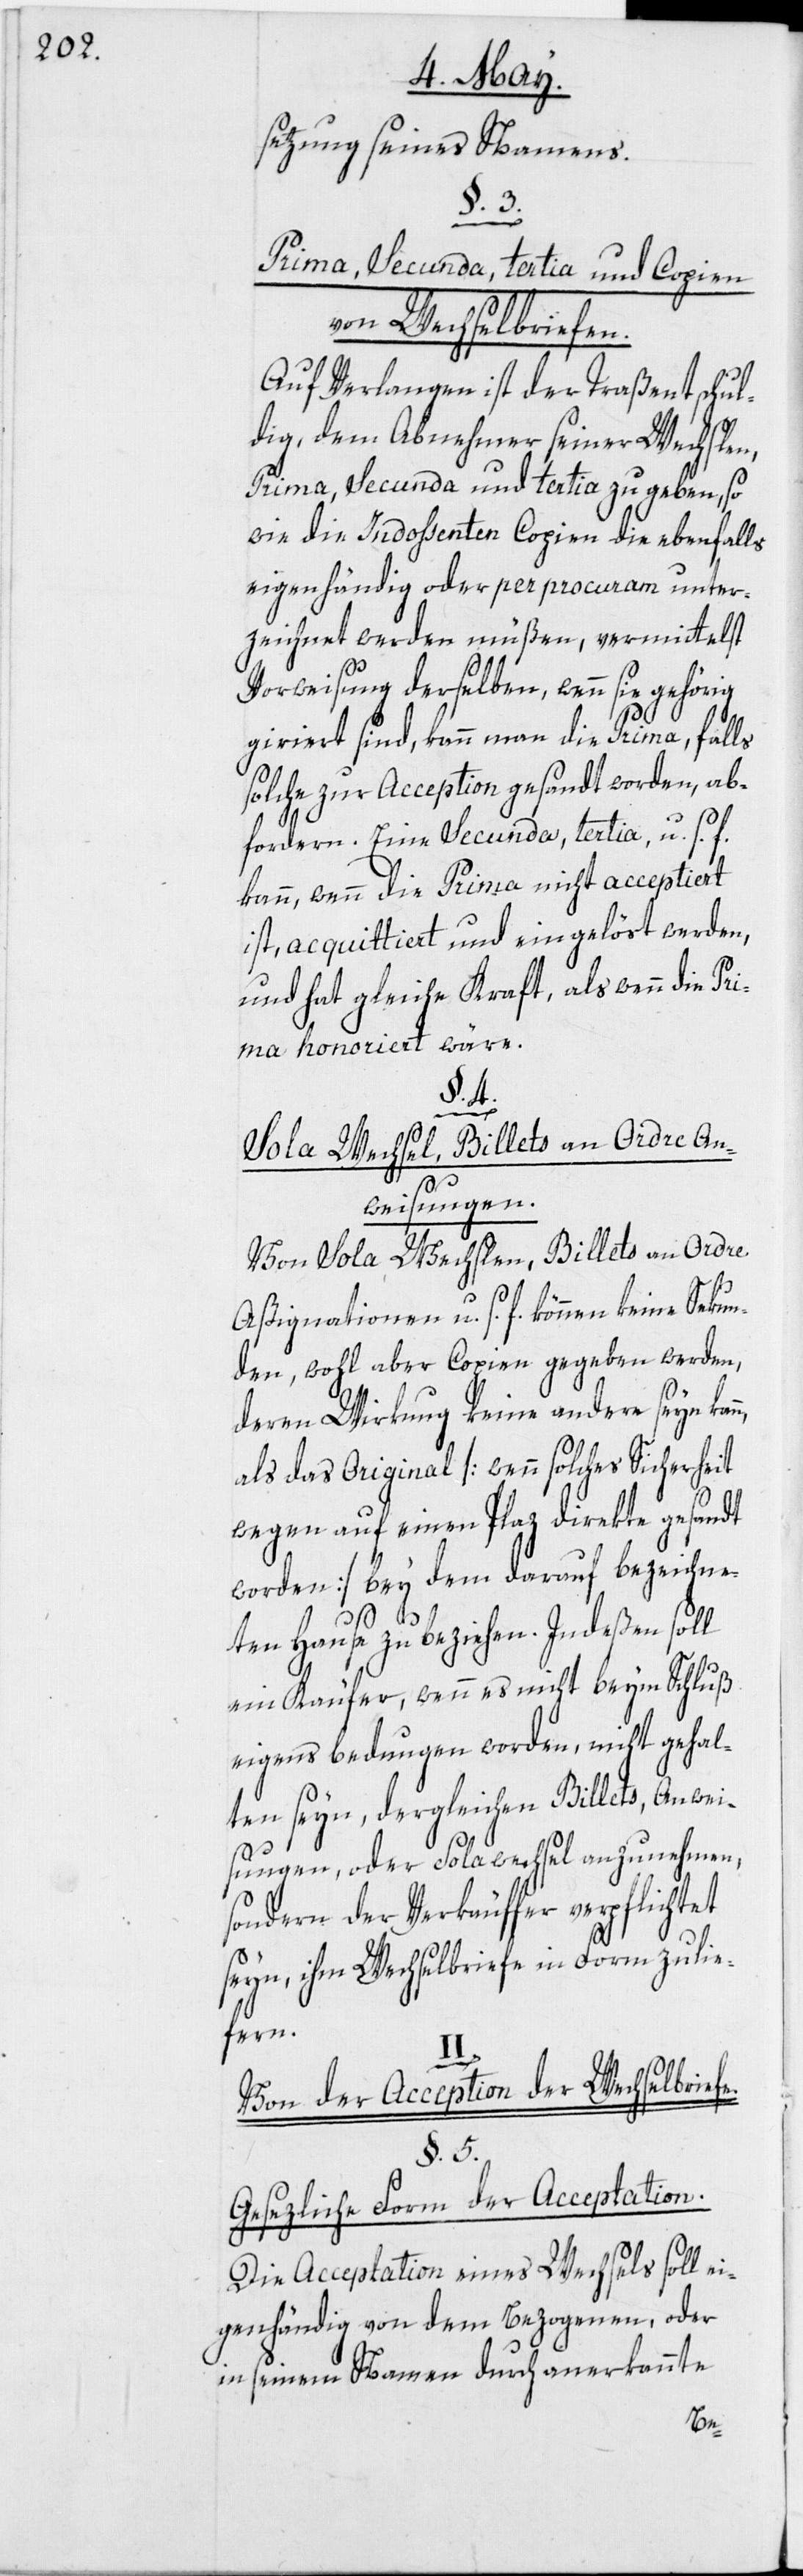
setzung seines Namens.
§. 3.
Prima, Secunda, tertia und Copien
von Wechselbriefen.
Auf Verlangen ist der Traßent schul¬
dig, dem Abnehmer seiner Wechslen,
Prima, Secunda und tertia zu geben, so
wie die Indossenten Copien die ebenfalls
eigenhändig oder per procuram unter¬
zeichnet werden müßen, vermittelst
Vorweisung derselben, wenn sie gehörig
giriert sind, kann man die Prima, falls
solche zur Acception gesandt worden, ab¬
fordern. Eine Secunda, tertia, u. s. f.
kann, wenn die Prima nicht acceptiert
ist, acquittiert und eingelöst werden,
und hat gleiche Kraft, als wenn die Pri¬
ma honoriert wäre.
§.
n,
Sola Wechsel, Billets an Ordre An¬
weisungen.
Von Sola Wechslen, Billets an Ordre
Aßignationen u. s. f. können keine Sekun¬
den, wohl aber Copien gegeben werden,
deren Wirkung keine andere seyn kan¬
als das Original [wenn solches Sicherheit
wegen auf einen Plaz direkte gesandt
worden] bey dem darauf bezeichne¬
ten Hause zu beziehen. Indeßen soll
ein Käufer, wenn es nicht beym Schluß
eigens bedungen worden, nicht gehal¬
ten seyn, dergleichen Billets, Anwei¬
sungen, oder Solawechsel anzunehmen,
sondern der Verkäuffer verpflichtet
seyn, ihm Wechselbriefe in Form zu lie¬
fern.
II.
Von der Accept[at]ion der Wechselbriefe.
§. 5.
Gesezliche Form der Acceptation.
Die Acceptation eines Wechsels soll ei¬
genhändig von dem Bezogenen, oder
in seinem Namen durch anerkannte